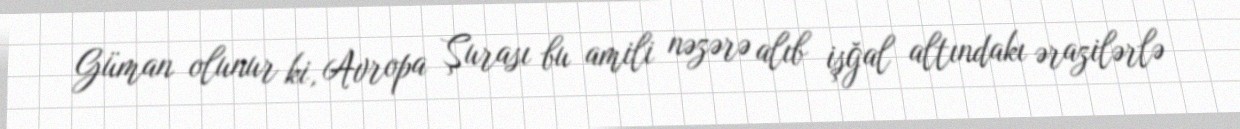
Güman olunur ki, Avropa Şurası bu amili nəzərə alıb işğal altındakı ərazilərlə